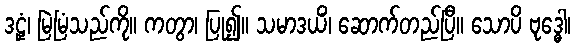
ဒဠှံ၊ မြဲမြံသည်ကို။ ကတွာ၊ ပြု၍။ သမာဒယိံ၊ ဆောက်တည်ပြီ။ သောပိ ဗုဒ္ဓေါ၊